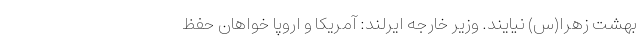
بهشت زهرا(س) نیایند. وزیر خارجه ایرلند: آمریکا و اروپا خواهان حفظ